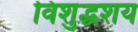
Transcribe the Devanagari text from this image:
विशुद्धशय